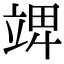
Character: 𥪎